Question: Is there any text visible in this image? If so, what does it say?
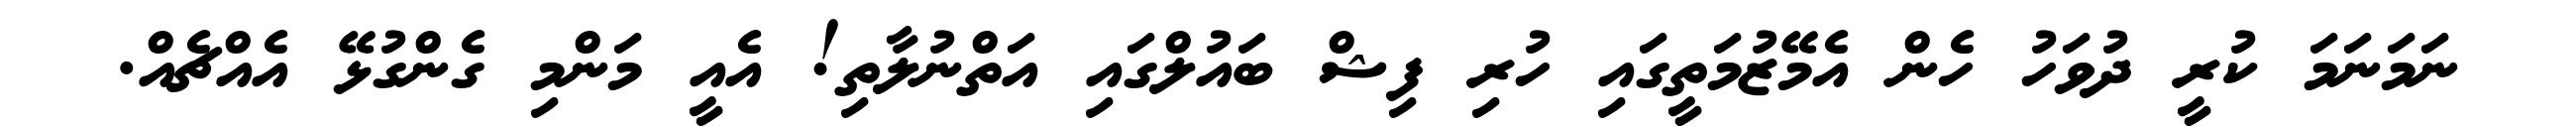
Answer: ނަމަނަމަ ކުރީ ދުވަހު ހެން އެމޭޒުމަތީގައި ހުރި ފިޝް ބައުލްގައި އަތްނުލާތި! އެއީ މަންމި ގެންގުޅޭ އެއްޗެއް.